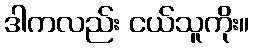
ဒါကလည်း ငယ်သူကိုး။